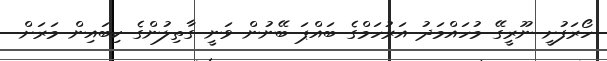
ހޯރަފުށީ ނޫރީގޭ މުހައްމަދު އަރުހަމްގެ ބައްޕަ ބޭނުން ވަނީ ގާތިލުންގެ ކިބައިން މަރަށް